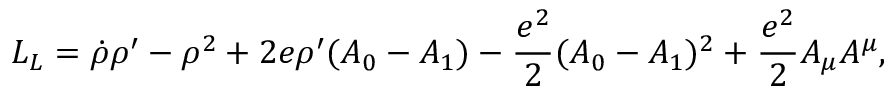
{ \cal L } _ { L } = \dot { \rho } \rho ^ { \prime } - \rho ^ { 2 } + 2 e \rho ^ { \prime } ( A _ { 0 } - A _ { 1 } ) - { \frac { e ^ { 2 } } { 2 } } ( A _ { 0 } - A _ { 1 } ) ^ { 2 } + { \frac { e ^ { 2 } } { 2 } } A _ { \mu } A ^ { \mu } ,